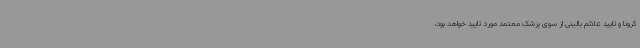
کرونا و تایید علائم بالینی از سوی پزشک معتمد مورد تایید خواهد بود،